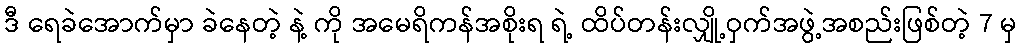
ဒီ ရေခဲအောက်မှာ ခဲနေတဲ့ နဲ့ ကို အမေရိကန်အစိုးရ ရဲ့ ထိပ်တန်းလျှို့ဝှက်အဖွဲ့အစည်းဖြစ်တဲ့ 7 မှ